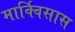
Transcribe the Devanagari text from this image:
मार्क्विसास